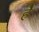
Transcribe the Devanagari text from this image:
हैें